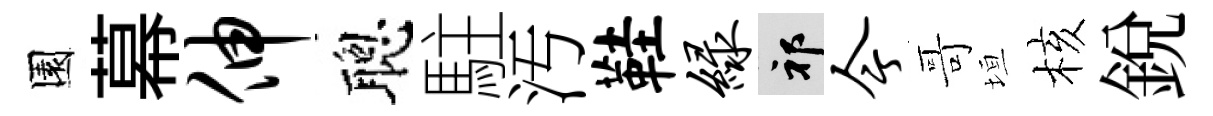
園幕伸聰駐汚鞋绿祁今哥垣核銳